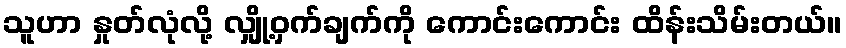
သူဟာ နှုတ်လုံလို့ လျှို့ဝှက်ချက်ကို ကောင်းကောင်း ထိန်းသိမ်းတယ်။